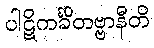
ပါဋိကင်္ခိတဗ္ဗာနီတိ